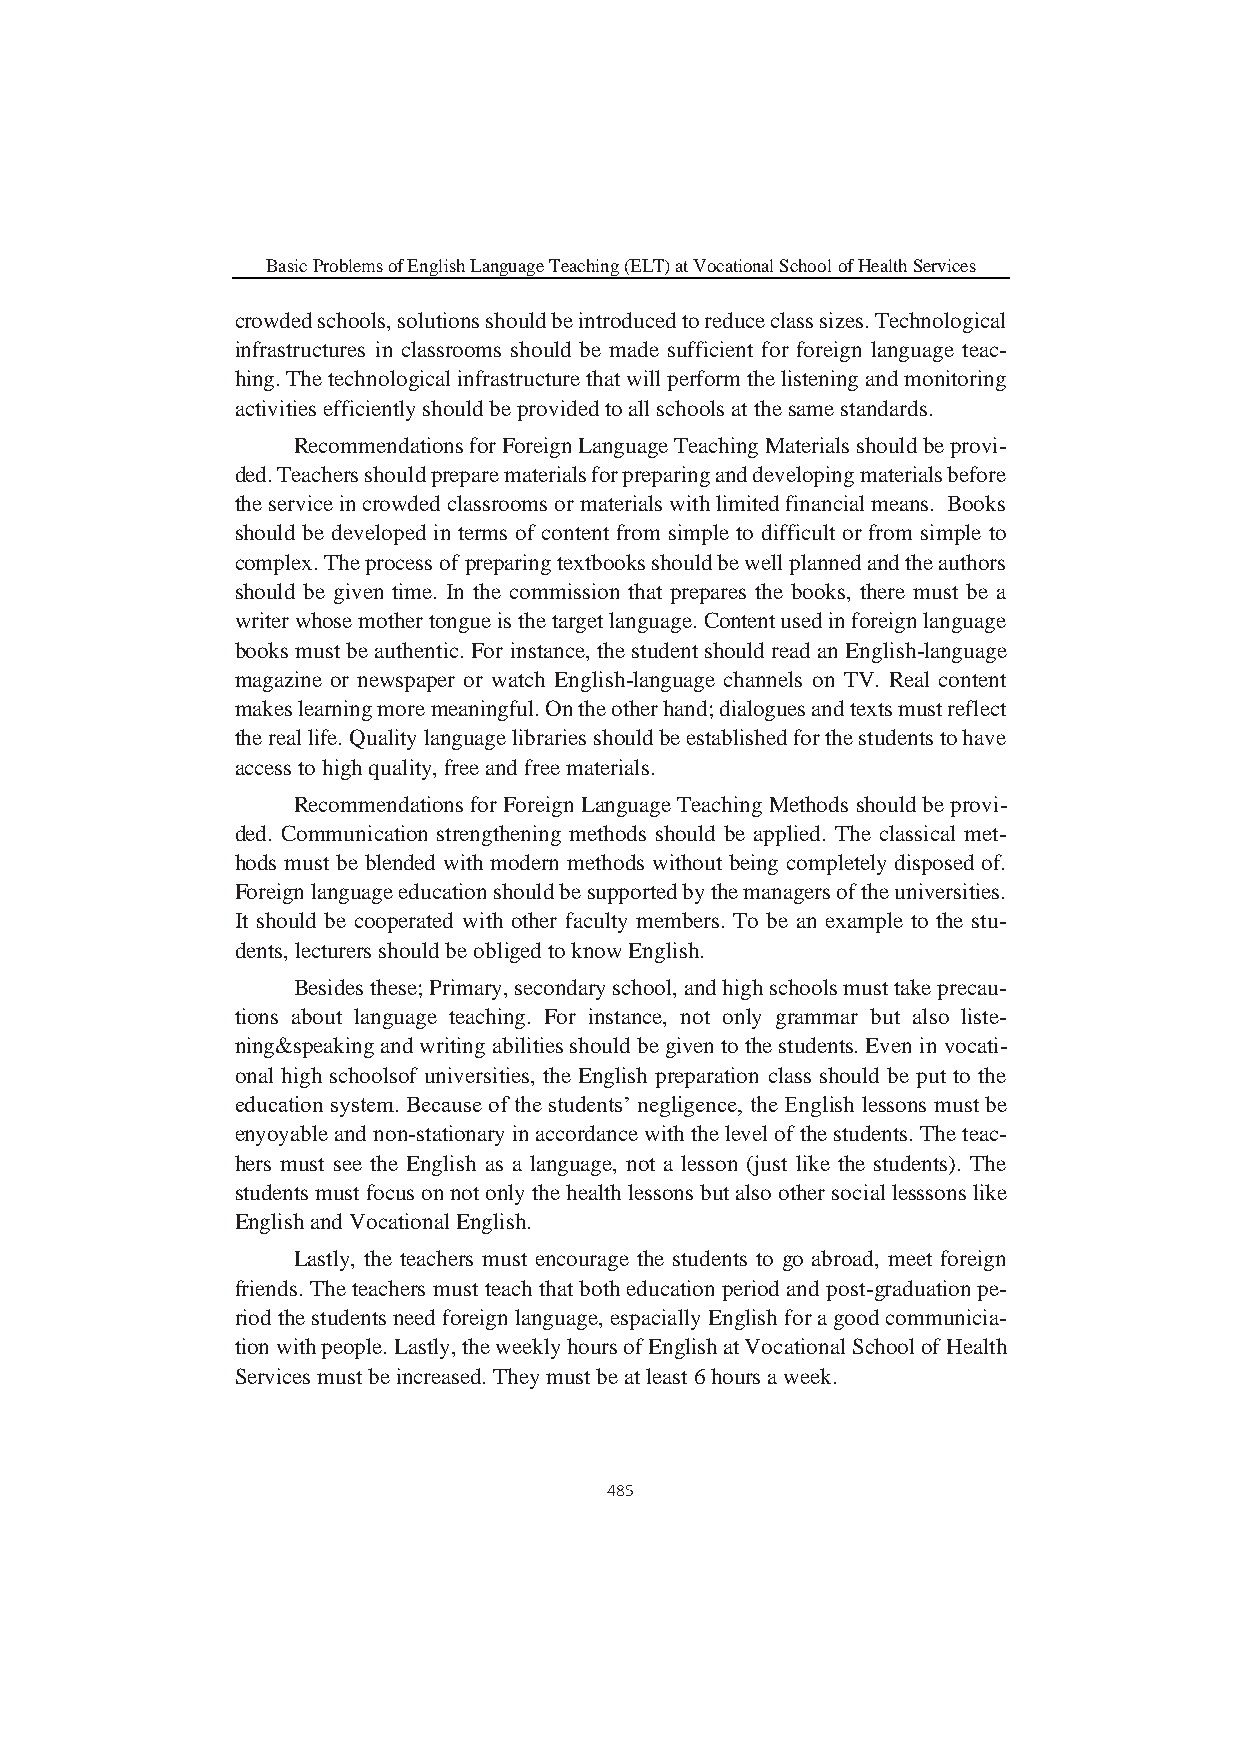
Basic Problems of English Language Teaching (ELT) at Vocational School of Health Services
 crowded schools, solutions should be introduced to reduce class sizes. Technological
 infrastructures in classrooms should be made sufficient for foreign language teac-
 hing. The technological infrastructure that will perform the listening and monitoring
 activities efficiently should be provided to all schools at the same standards.
 Recommendations for Foreign Language Teaching Materials should be provi-
 ded. Teachers should prepare materials for preparing and developing materials before
 the service in crowded classrooms or materials with limited financial means. Books
 should be developed in terms of content from simple to difficult or from simple to
 complex. The process of preparing textbooks should be well planned and the authors
 should be given time. In the commission that prepares the books, there must be a
 writer whose mother tongue is the target language. Content used in foreign language
 books must be authentic. For instance, the student should read an English-language
 magazine or newspaper or watch English-language channels on TV. Real content
 makes learning more meaningful. On the other hand; dialogues and texts must reflect
 the real life. Quality language libraries should be established for the students to have
 access to high quality, free and free materials.
 Recommendations for Foreign Language Teaching Methods should be provi-
 ded. Communication strengthening methods should be applied. The classical met-
 hods must be blended with modern methods without being completely disposed of.
 Foreign language education should be supported by the managers of the universities.
 It should be cooperated with other faculty members. To be an example to the stu-
 dents, lecturers should be obliged to know English.
 Besides these; Primary, secondary school, and high schools must take precau-
 tions about language teaching. For instance, not only grammar but also liste-
 ning&speaking and writing abilities should be given to the students. Even in vocati-
 onal high schoolsof universities, the English preparation class should be put to the
 education system. Because of the students’ negligence, the English lessons must be
 enyoyable and non-stationary in accordance with the level of the students. The teac-
 hers must see the English as a language, not a lesson (just like the students). The
 students must focus on not only the health lessons but also other social lesssons like
 English and Vocational English.
 Lastly, the teachers must encourage the students to go abroad, meet foreign
 friends. The teachers must teach that both education period and post-graduation pe-
 riod the students need foreign language, espacially English for a good communicia-
 tion with people. Lastly, the weekly hours of English at Vocational School of Health
 Services must be increased. They must be at least 6 hours a week.
 485